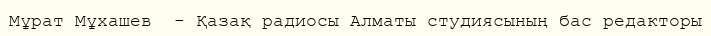
Мұрат Мұхашев  - Қазақ радиосы Алматы студиясының бас редакторы